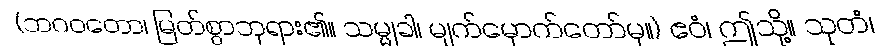
(ဘဂဝတော၊ မြတ်စွာဘုရား၏။ သမ္မုခါ၊ မျက်မှောက်တော်မှ။) ဧဝံ၊ ဤသို့။ သုတံ၊